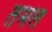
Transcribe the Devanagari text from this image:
तमल